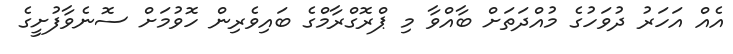
އެއް އަހަރު ދުވަހުގެ މުއްދަތަށް ބާއްވާ މި ޕްރޮގްރާމްގެ ބައިވެރިން ހޮވުމަށް ސޮނެވާފުށީގެ